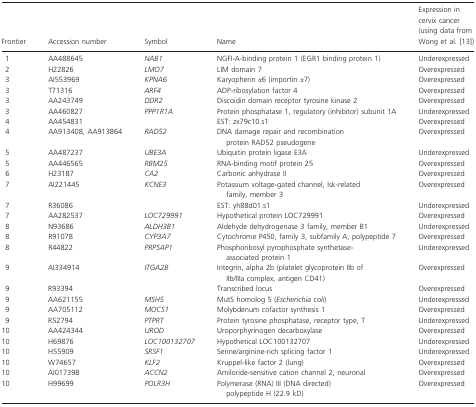
<table><thead><tr><td><b>Frontier</b></td><td><b>Accession number</b></td><td><b>Symbol</b></td><td><b>Name</b></td><td><b>Expression in cervix cancer (using data from Wong et al. 13)</b></td></tr></thead><tbody><tr><td>1</td><td>AA488645</td><td><i>NAB1</i></td><td>NGFI-A-binding protein 1 (EGR1 binding protein 1)</td><td>Underexpressed</td></tr><tr><td>2</td><td>H22826</td><td><i>LMO7</i></td><td>LIM domain 7</td><td>Overexpressed</td></tr><tr><td>3</td><td>AI553969</td><td><i>KPNA6</i></td><td>Karyopherin α6 (importin α7)</td><td>Overexpressed</td></tr><tr><td>3</td><td>T71316</td><td><i>ARF4</i></td><td>ADP-ribosylation factor 4</td><td>Overexpressed</td></tr><tr><td>3</td><td>AA243749</td><td><i>DDR2</i></td><td>Discoidin domain receptor tyrosine kinase 2</td><td>Overexpressed</td></tr><tr><td>3</td><td>AA460827</td><td><i>PPP1R1A</i></td><td>Protein phosphatase 1, regulatory (inhibitor) subunit 1A</td><td>Underexpressed</td></tr><tr><td>4</td><td>AA454831</td><td></td><td>EST: zx79c10.s1</td><td>Overexpressed</td></tr><tr><td>4</td><td>AA913408, AA913864</td><td><i>RAD52</i></td><td>DNA damage repair and recombination protein RAD52 pseudogene</td><td>Overexpressed</td></tr><tr><td>5</td><td>AA487237</td><td><i>UBE3A</i></td><td>Ubiquitin protein ligase E3A</td><td>Underexpressed</td></tr><tr><td>5</td><td>AA446565</td><td><i>RBM25</i></td><td>RNA-binding motif protein 25</td><td>Overexpressed</td></tr><tr><td>6</td><td>H23187</td><td><i>CA2</i></td><td>Carbonic anhydrase II</td><td>Overexpressed</td></tr><tr><td>7</td><td>AI221445</td><td><i>KCNE3</i></td><td>Potassium voltage-gated channel, Isk-related family, member 3</td><td>Overexpressed</td></tr><tr><td>7</td><td>R36086</td><td></td><td>EST: yh88d01.s1</td><td>Underexpressed</td></tr><tr><td>7</td><td>AA282537</td><td><i>LOC729991</i></td><td>Hypothetical protein LOC729991</td><td>Overexpressed</td></tr><tr><td>8</td><td>N93686</td><td><i>ALDH3B1</i></td><td>Aldehyde dehydrogenase 3 family, member B1</td><td>Underexpressed</td></tr><tr><td>8</td><td>R91078</td><td><i>CYP3A7</i></td><td>Cytochrome P450, family 3, subfamily A, polypeptide 7</td><td>Overexpressed</td></tr><tr><td>8</td><td>R44822</td><td><i>PRPSAP1</i></td><td>Phosphoribosyl pyrophosphate synthetase-associated protein 1</td><td>Underexpressed</td></tr><tr><td>9</td><td>AI334914</td><td><i>ITGA2B</i></td><td>Integrin, alpha 2b (platelet glycoprotein IIb of IIb/IIIa complex, antigen CD41)</td><td>Overexpressed</td></tr><tr><td>9</td><td>R93394</td><td></td><td>Transcribed locus</td><td>Overexpressed</td></tr><tr><td>9</td><td>AA621155</td><td><i>MSH5</i></td><td>MutS homolog 5 (<i>Escherichia coli</i>)</td><td>Underexpressed</td></tr><tr><td>9</td><td>AA705112</td><td><i>MOCS1</i></td><td>Molybdenum cofactor synthesis 1</td><td>Overexpressed</td></tr><tr><td>9</td><td>R52794</td><td><i>PTPRT</i></td><td>Protein tyrosine phosphatase, receptor type, T</td><td>Underexpressed</td></tr><tr><td>10</td><td>AA424344</td><td><i>UROD</i></td><td>Uroporphyrinogen decarboxylase</td><td>Overexpressed</td></tr><tr><td>10</td><td>H69876</td><td><i>LOC100132707</i></td><td>Hypothetical LOC100132707</td><td>Underexpressed</td></tr><tr><td>10</td><td>H55909</td><td><i>SRSF1</i></td><td>Serine/arginine-rich splicing factor 1</td><td>Underexpressed</td></tr><tr><td>10</td><td>W74657</td><td><i>KLF2</i></td><td>Kruppel-like factor 2 (lung)</td><td>Overexpressed</td></tr><tr><td>10</td><td>AI017398</td><td><i>ACCN2</i></td><td>Amiloride-sensitive cation channel 2, neuronal</td><td>Overexpressed</td></tr><tr><td>10</td><td>H99699</td><td><i>POLR3H</i></td><td>Polymerase (RNA) III (DNA directed) polypeptide H (22.9 kD)</td><td>Overexpressed</td></tr></tbody></table>